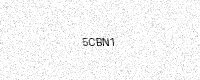
Text: 5CBN1